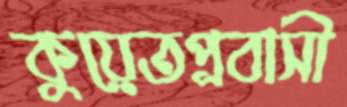
কুয়েতপ্রবাসী